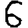
Digit: 6